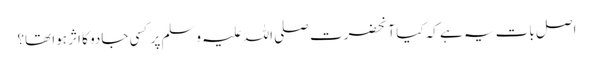
اصل بات یہ ہے کہ کیا آنحضرت صلی اللہ علیہ وسلم پر کسی جادو کا اثر ہوا تھا؟